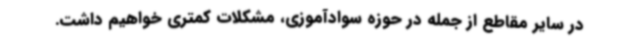
در سایر مقاطع از جمله در حوزه سوادآموزی، مشکلات کمتری خواهیم داشت.